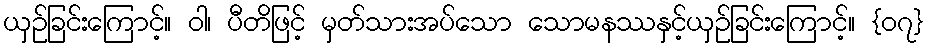
ယှဉ်ခြင်းကြောင့်။ ဝါ၊ ပီတိဖြင့် မှတ်သားအပ်သော သောမနဿနှင့်ယှဉ်ခြင်းကြောင့်။ {၀၇}